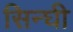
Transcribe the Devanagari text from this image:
सिन्घी